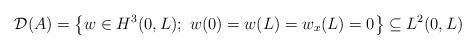
\begin{align*}{\mathcal D}( A) =\left\{ w\in H^{3}( 0,L) ; \ w( 0)=w( L) =w_{x}( L) =0\right\} \subseteq L^{2}(0,L)\end{align*}